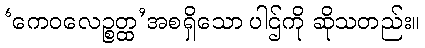
‘ကေဝလေဉ္စတ္ထ’အစရှိသော ပါဌ်ကို ဆိုသတည်း။